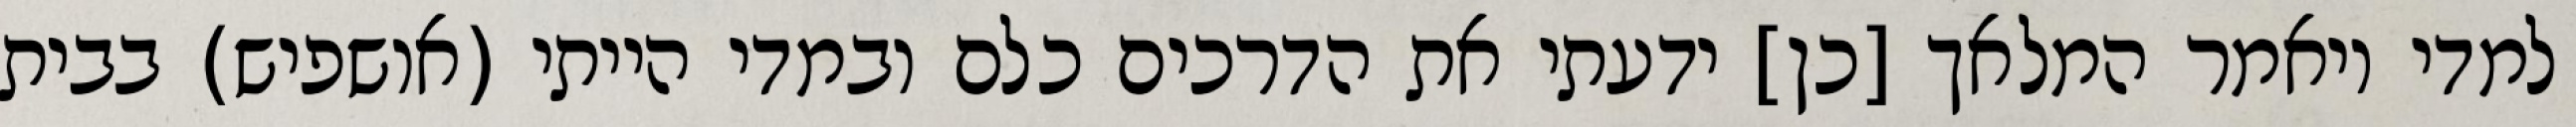
למדי ויאמר המלאך [כן] ידעתי את הדרכים כלם ובמדי הייתי (אושפיש) בבית